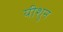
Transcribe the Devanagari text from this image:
यीशुन